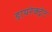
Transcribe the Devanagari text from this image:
डायरेक्ट्रेट